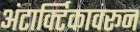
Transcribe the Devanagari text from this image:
अंटार्क्टिकावरून